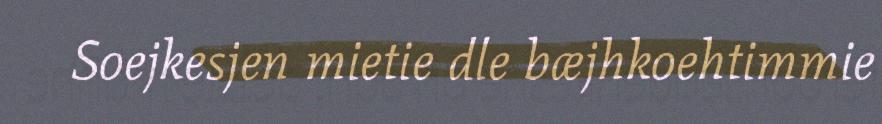
Soejkesjen mietie dle bæjhkoehtimmie